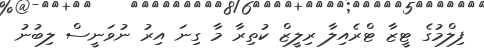
ފިލްމުގެ ޓީޒާ ޓްރެއިލާ ރިލީޒް ކުތިރާ މާ ގިނަ އިރު ނުވަނީސް ލިބުނު